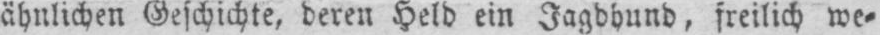
ähnlichen Geschichte, deren Held ein Jagdhund, freilich we⸗